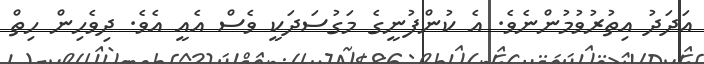
އަދަދު އިތުރުވުމުންނެވެ. އެ ކުންފުނީގެ މަގުސަދަކީ ވެސް އެއީ އެވެ. ދިވެހިން ހިތް